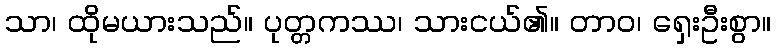
သာ၊ ထိုမယားသည်။ ပုတ္တကဿ၊ သားငယ်၏။ တာဝ၊ ရှေးဦးစွာ။